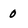
Character: 0